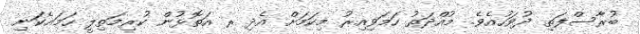
ބުރާސްފަތި ދުވަހުއެވެ. މުއްދަތު ހަމަވިއިރު މިކަމަށް އެދި ރ އަތޮޅުން ކުރިމަތިލީ ހަމައެކަނި